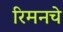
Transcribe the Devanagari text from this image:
रिमनचे